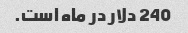
240 دلار در ماه است.